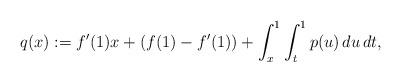
LaTeX: \begin{align*}q(x):=f^{\prime}(1)x+(f(1)-f^{\prime}(1))+\int_{x}^{1}\int_{t}^{1}p(u)\,du\,dt,\end{align*}